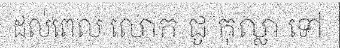
ដល់ពេល លោក ជូ កុល្លា ទៅ